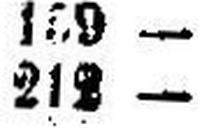
212 —